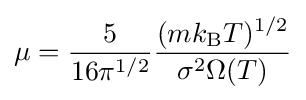
\mu ={\frac {5}{16\pi ^{1/2}}}{\frac {(mk_{\text{B}}T)^{1/2}}{\sigma ^{2}\Omega (T)}}